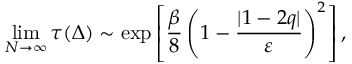
\operatorname* { l i m } _ { N \to \infty } \tau ( \Delta ) \sim \mathrm { e x p } \left[ \frac { \beta } { 8 } \left( 1 - \frac { | 1 - 2 q | } { \varepsilon } \right) ^ { 2 } \right] ,